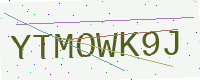
Text: YTMOWK9J